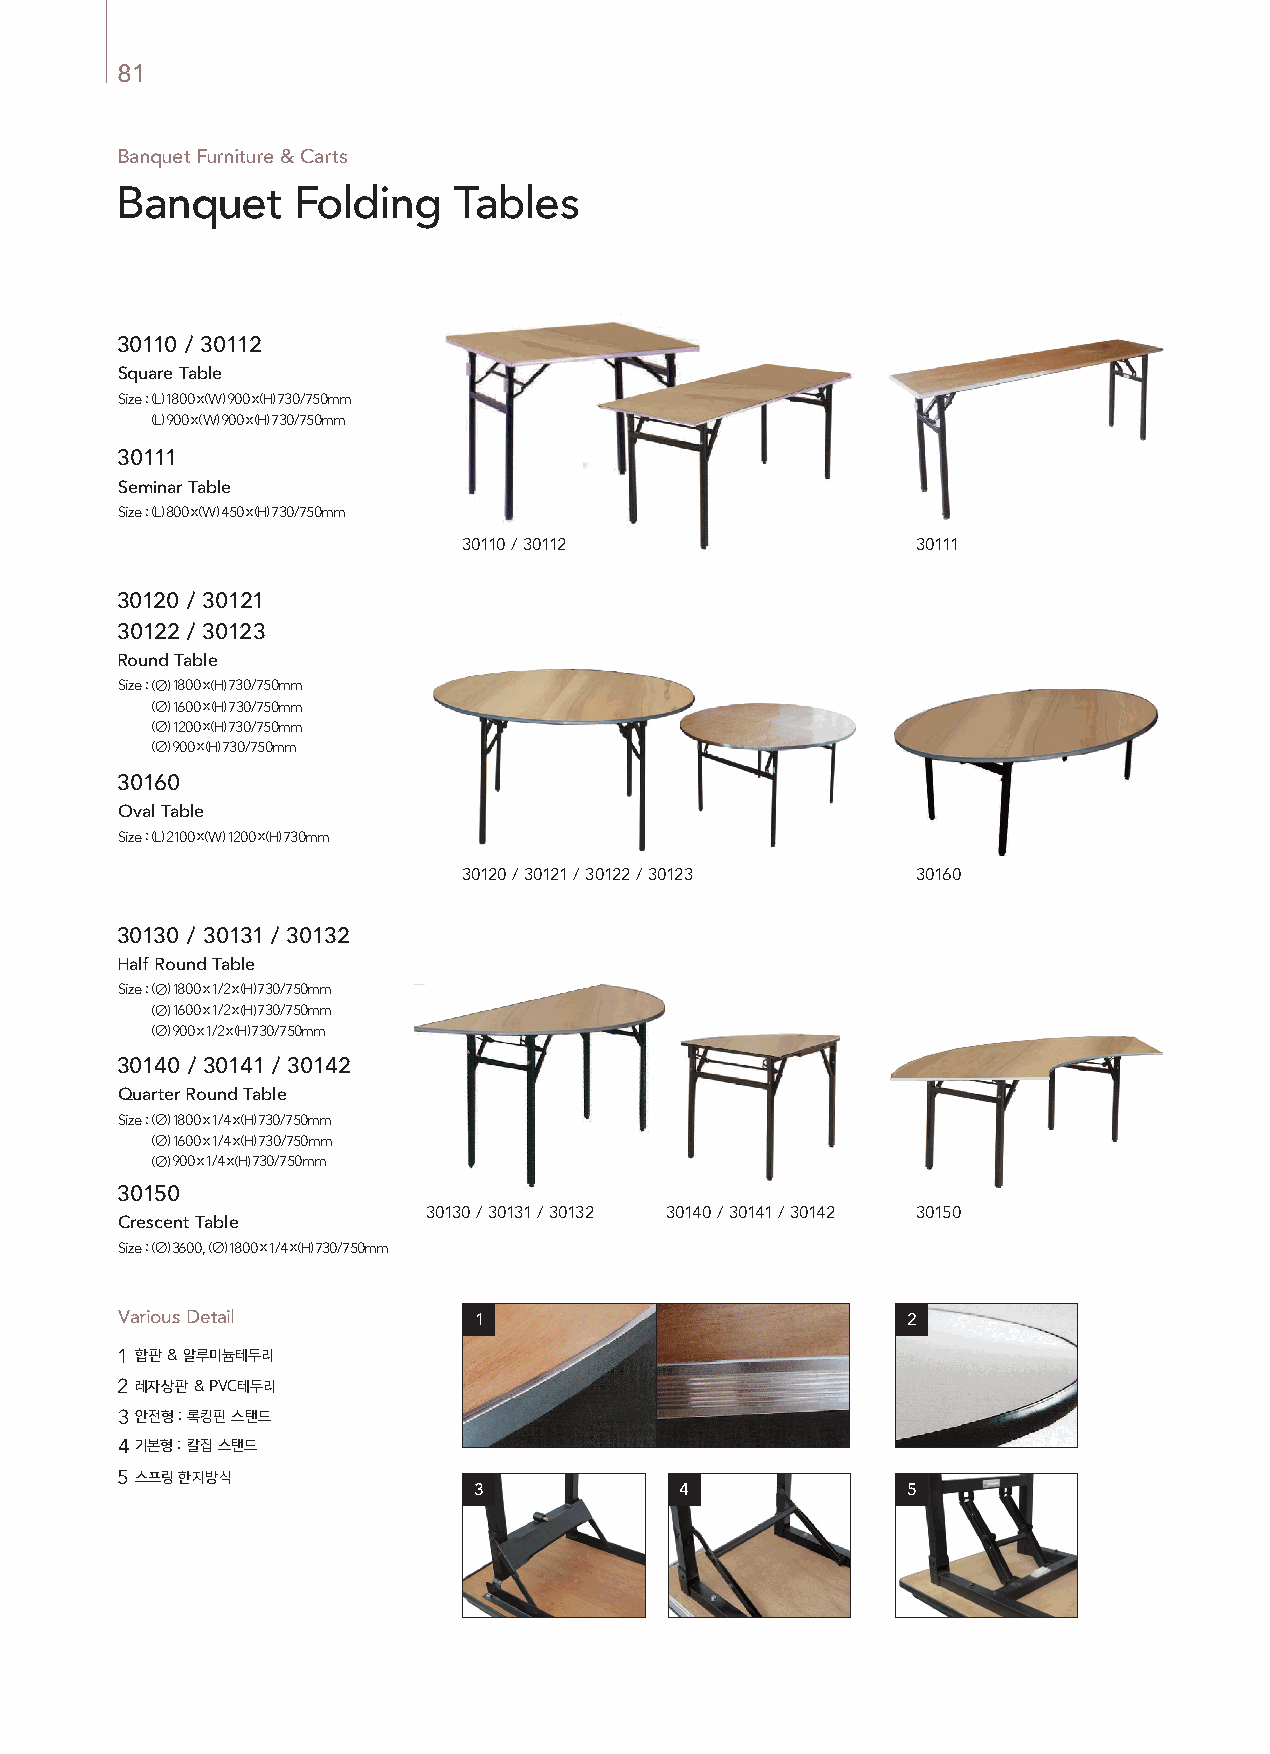
81
 Banquet Furniture & Carts
 Banquet     Folding   Tables
 30110 / 30112
 Square Table
 Size : (L) 1800 x (W) 900 x (H) 730/750mm
 Size : (L) 900 x (W) 900 x (H) 730/750mm
 30111
 Seminar Table
 Size : (L) 800 x (W) 450 x (H) 730/750mm
 30110 / 30112                 30111
 30120 / 30121
 30122 / 30123
 Round Table
 Size : (∅) 1800 x (H) 730/750mm
 Size : (∅) 1600 x (H) 730/750mm
 Size : (∅) 1200 x (H) 730/750mm
 Size : (∅) 900 x (H) 730/750mm
 30160
 Oval Table
 Size : (L) 2100 x (W) 1200 x (H) 730mm
 30120 / 30121 / 30122 / 30123 30160
 30130 / 30131 / 30132
 Half Round Table
 Size : (∅) 1800 x 1/2 x (H) 730/750mm
 Size : (∅) 1600 x 1/2 x (H) 730/750mm
 Size : (∅) 900 x 1/2 x (H) 730/750mm
 30140 / 30141 / 30142
 Quarter Round Table
 Size : (∅) 1800 x 1/4 x (H) 730/750mm
 Size : (∅) 1600 x 1/4 x (H) 730/750mm
 Size : (∅) 900 x 1/4 x (H) 730/750mm
 30150
 30130 / 30131 / 30132 30140 / 30141 / 30142 30150
 Crescent Table
 Size : (∅) 3600, (∅) 1800 x 1/4 x (H) 730/750mm
 Various Detail         1                            2
 1 합판 & 알루미늄테두리
 2레자상판 & PVC테두리
 3안전형 : 록킹핀 스탠드
 4기본형 : 칼집 스탠드
 5스프링 한지방식
 3             4              5